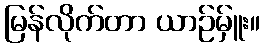
မြန်လိုက်တာ ယာဉ်မ်ှူး။